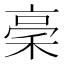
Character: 稁